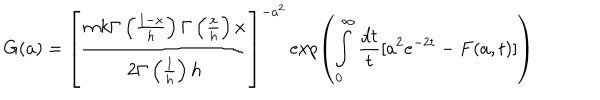
LaTeX: G ( a ) = \left[ \frac { m k \Gamma \left( \frac { 1 - x } { h } \right) \Gamma \left( \frac { x } { h } \right) x } { 2 \Gamma \left( \frac { 1 } { h } \right) h } \right] ^ { - a ^ { 2 } } \exp \left( \int _ { 0 } ^ { \infty } \frac { d t } { t } [ a ^ { 2 } e ^ { - 2 t } - F ( a , t ) ] \right)